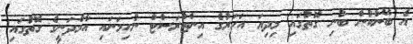
އެ ބޭންކުން ބުނި ގޮތުގައި މިދިޔަ އަހަރުގެ އިންޓްރަސްޓް ނުހިމަނައި އާމްދަނީގެ ގޮތުގައި